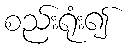
စည်းရုံး၍